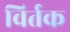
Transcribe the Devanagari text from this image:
विर्तक